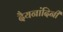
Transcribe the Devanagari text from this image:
दैयनांदिनी